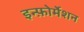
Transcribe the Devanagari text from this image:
इन्फ़ोर्मेशन